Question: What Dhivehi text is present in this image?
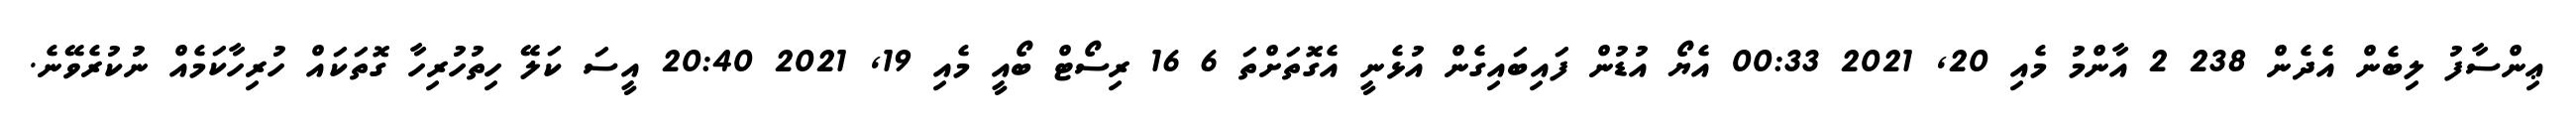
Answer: ޢިންސާފު ލިބެން އެދެން 238 2 އާންމު މެއި 20, 2021 00:33 އެޔޯ އުޑުން ފައިބައިގެން އުޅެނީ އެގޮތަށްތަ 6 16 ރިސޯޓް ބޯއީ މެއި 19, 2021 20:40 އީސަ ކަލޭ ހިތުހުރިހާ ގޮތަކައް ހުރިހާކަމެއް ނުކުރެވޭނެ.